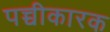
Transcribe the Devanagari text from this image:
पच्चीकारक